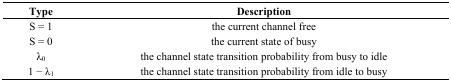
| Type | Description |
 | --- | --- |
 | S = 1 | the current channel free |
 | S = 0 | the current state of busy |
 | λ0 | the channel state transition probability from busy to idle |
 | 1 − λ1 | the channel state transition probability from idle to busy |